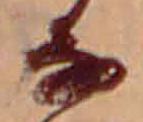
な